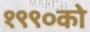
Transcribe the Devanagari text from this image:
१९९०को